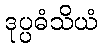
ဒုပ္ပဓံသိယံ